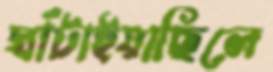
ঘাঁটাইয়াছিলে